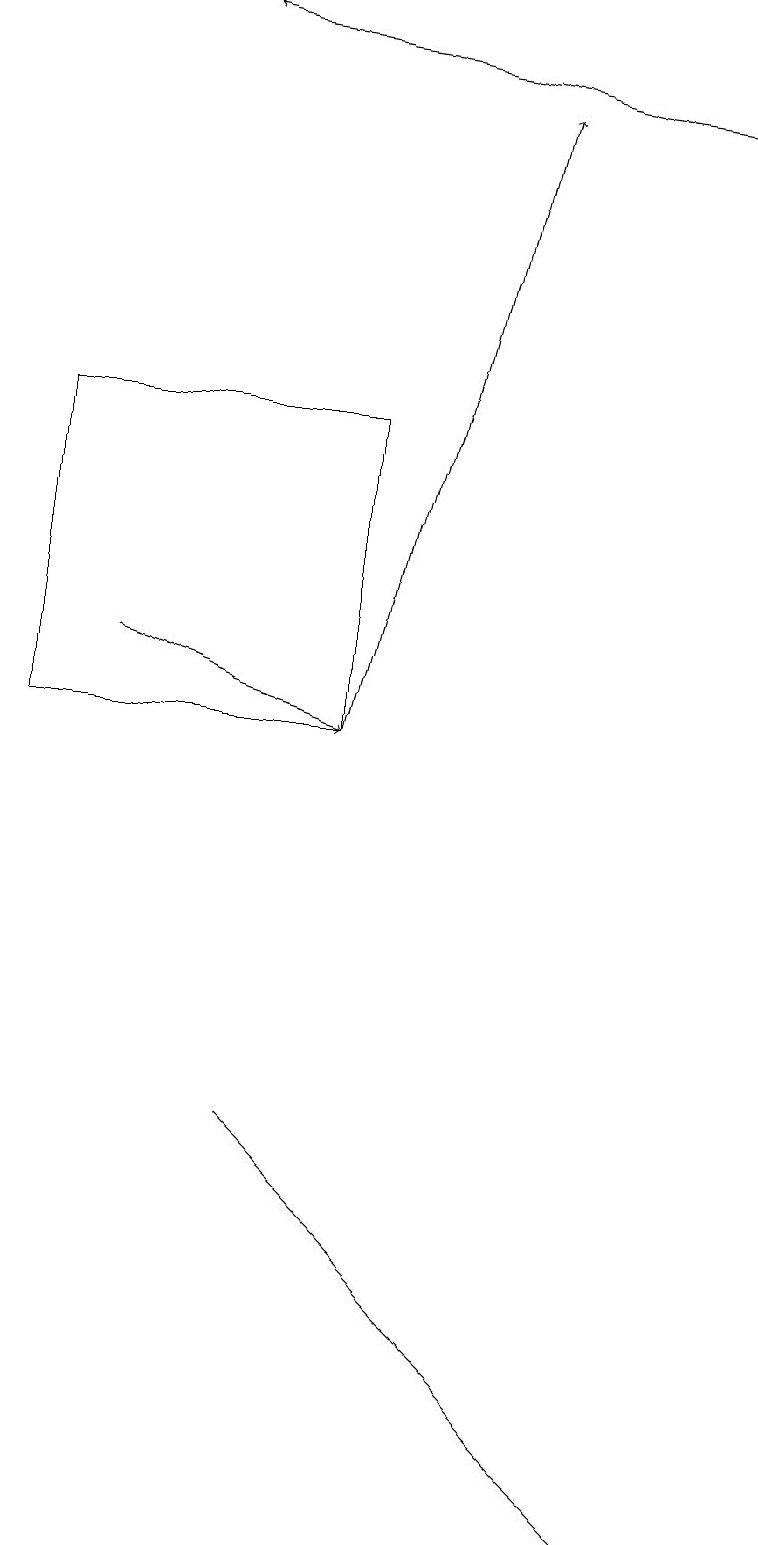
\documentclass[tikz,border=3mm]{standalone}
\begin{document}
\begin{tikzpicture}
\draw[->] (9,18) -- (2,19);
\draw (0,14) rectangle (4,10);
\draw[->] (4,10) -- (6,18);
\draw (8,0) -- (8,0) -- (3,5) -- cycle;
\draw[->] (1,11) -- (4,10);
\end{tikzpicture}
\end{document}